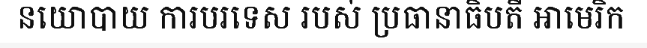
នយោបាយ ការបរទេស របស់ ប្រធានាធិបតី អាមេរិក